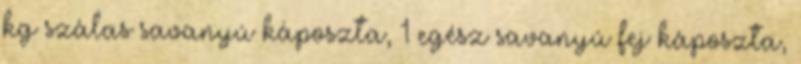
kg szálas savanyú káposzta, 1 egész savanyú fej káposzta,